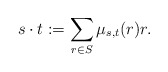
\begin{align*}s\cdot t:=\sum_{r\in S} \mu_{s,t}(r)r. \end{align*}